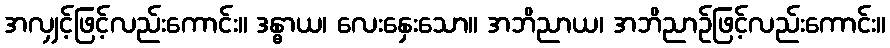
အလျှင့်ဖြင့်လည်းကောင်း။ ဒန္ဓာယ၊ လေးနှေးသော။ အဘိညာယ၊ အဘိညာဉ်ဖြင့်လည်းကောင်း။